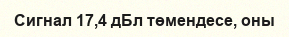
Сигнал 17,4 дБл төмендесе, оны